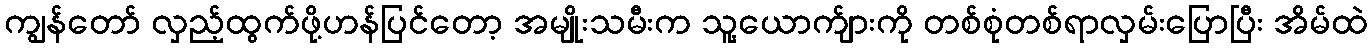
ကျွန်တော် လှည့်ထွက်ဖို့ဟန်ပြင်တော့ အမျိုးသမီးက သူ့ယောက်ျားကို တစ်စုံတစ်ရာလှမ်းပြောပြီး အိမ်ထဲ